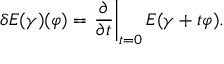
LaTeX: \delta E ( \gamma ) ( \varphi ) = \left. { \frac { \partial } { \partial t } } \right| _ { t = 0 } E ( \gamma + t \varphi ) .